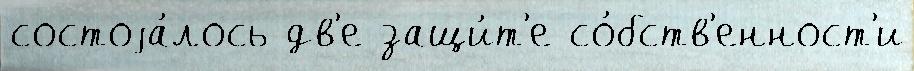
состоjа́лось дв'е защи́т'е со́бств'енност'и